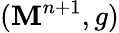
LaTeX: (\mathbf{M}^{n+1},g)